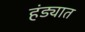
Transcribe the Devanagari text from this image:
हंड्यात